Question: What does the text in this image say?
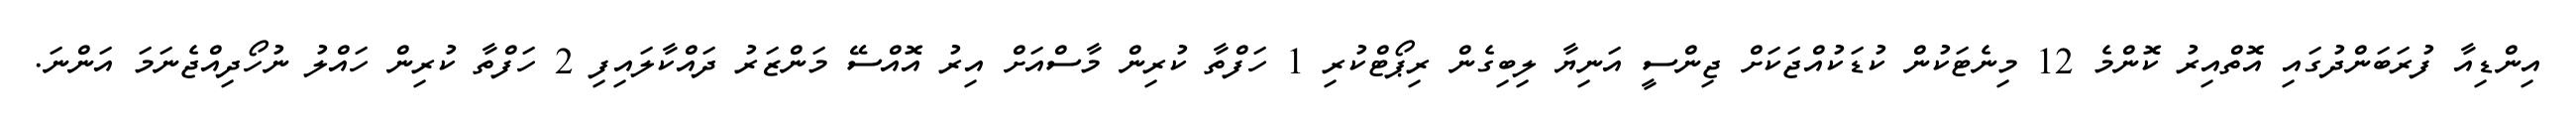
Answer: އިންޑިއާ ފުރަބަންދުގައި އޮތްއިރު ކޮންމެ 12 މިނެޓަކުން ކުޑަކުއްޖަކަށް ޖިންސީ އަނިޔާ ލިބިގެން ރިޕޯޓްކުރި 1 ހަފްތާ ކުރިން މާސްއަށް އިރު އޮއްސޭ މަންޒަރު ދައްކާލައިފި 2 ހަފްތާ ކުރިން ހައްލު ނުހޯދިއްޖެނަމަ އަންނަ.